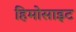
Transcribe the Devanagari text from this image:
हिमोसाइट